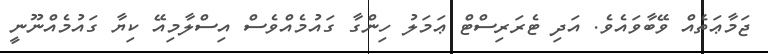
ޖަމާޢަތެއް ވޭބާވައެވެ. އަދި ޓެރަރިސްޓް ޢަމަލު ހިންގާ ގައުމެއްވެސް އިސްލާމިއޭ ކިޔާ ގައުމެއްނޫނީ